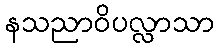
နသညာဝိပလ္လာသာ